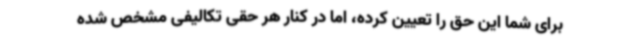
برای شما این حق را تعیین کرده، اما در کنار هر حقی تکالیفی مشخص شده